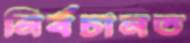
নির্বচানত